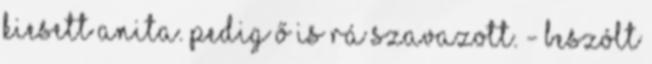
kiesett Anita. Pedig ő is rá szavazott. - Beszólt